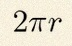
2\pi r